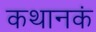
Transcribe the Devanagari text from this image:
कथानकं